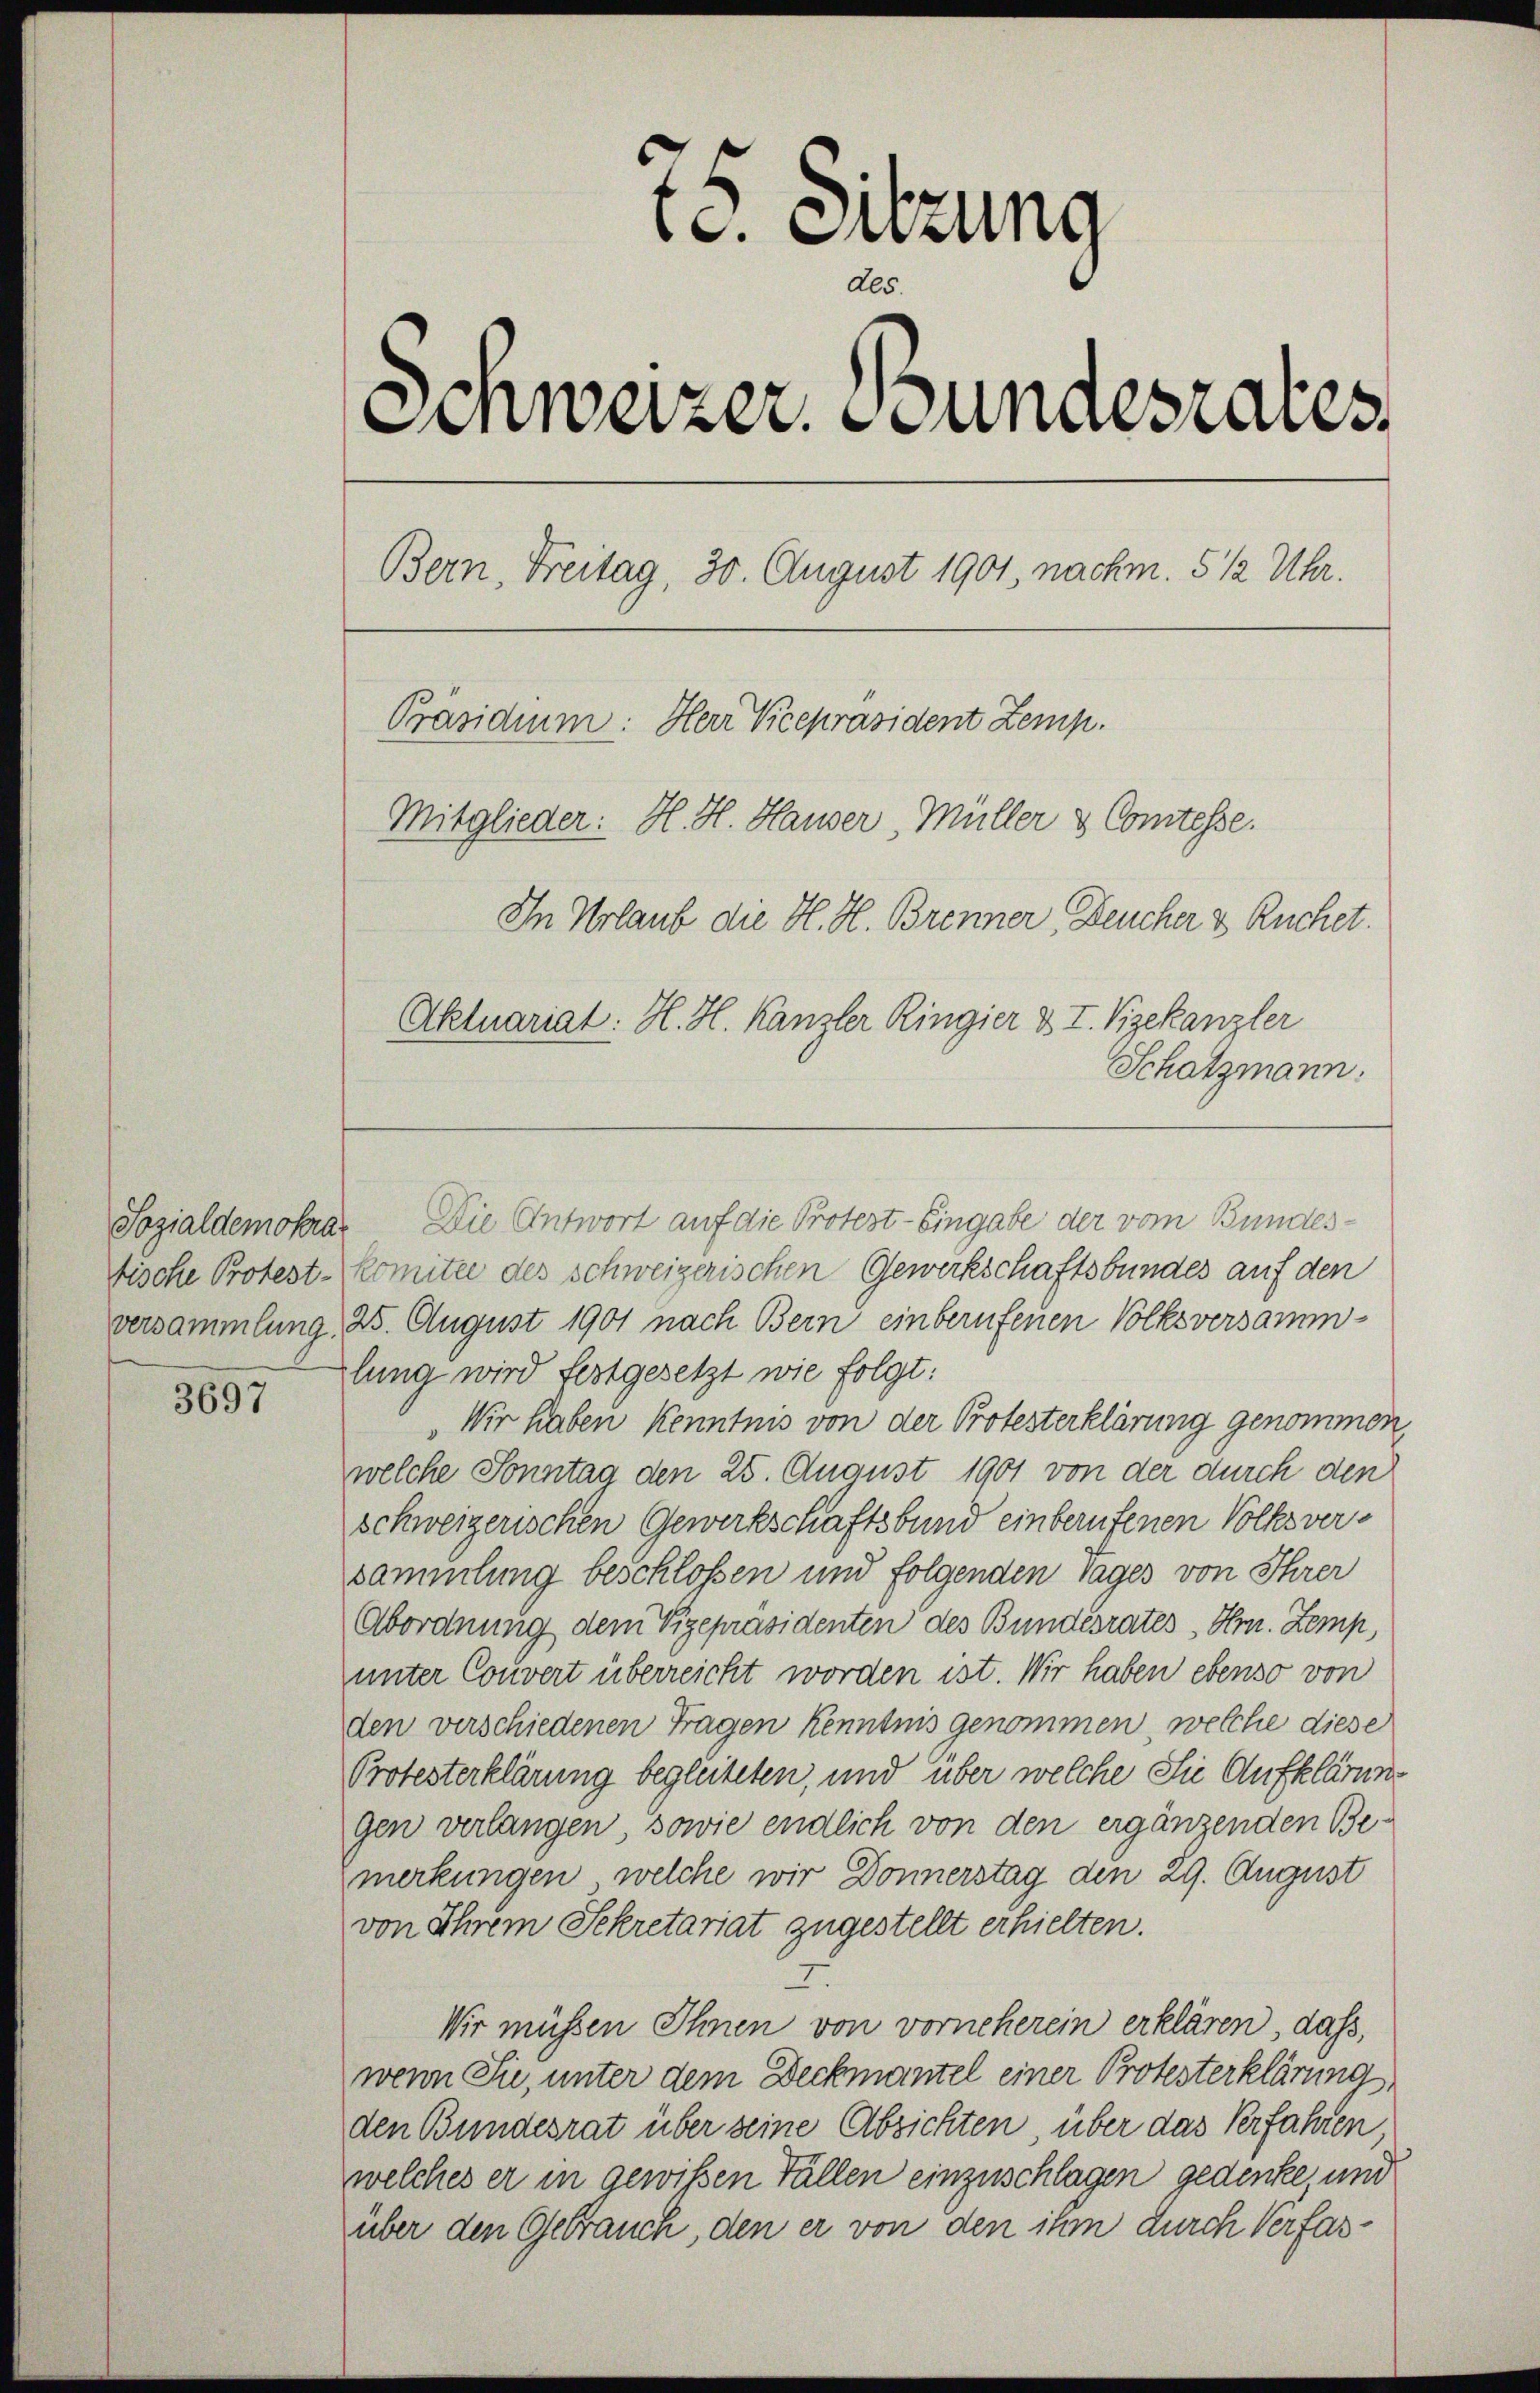
tische Protest-
versammlung.

3697

75. Sitzung
Schweizer. Bundesrates,
Bern, Freitag, 30. August 1901, nachm. 5 ½ Uhr.
Präsidium: Herr Vicepräsident Zemp.
Mitglieder: H. H. Hauser, Müller & Comtesse.
In Urlaub die H. H. Brenner Deucher & Ruchet.
Aktuariat: H. H. Kanzler Ringier & I. Vizekanzler
Schatzmann.

Sozialdemokra- Die Antwort auf die Protest - Eingabe der vom Bundeskomitee des schweizerischen Gewerkschaftsbundes auf den
25. August 1901 nach Bern einberufenen Volksversammlung wird festgesetzt wie folgt:
Wir haben Kenntnis von der Protesterklärung genommen,
welche Sonntag den 25. August 1901 von der durch den
schweizerischen Gewerkschaftsbund einberufenen Volksversammlung beschlossen und folgenden Tages von Ihrer
Abordnung dem Vizepräsidenten des Bundesrates Hrn. Zemp,
unter Couvert überreicht worden ist. Wir haben ebenso von
den verschiedenen Fragen kenntnis genommen, welche diese
Protesterklärung begleiteten, und über welche Sie Aufklärung
gen verlangen, sowie endlich von den ergänzenden Bemerkungen, welche wir Donnerstag den 29. August
von Ihrem Sekretariat zugestellt erhielten.
3.
Wir müssen Ihnen von vorneherein erklären, dass
wenn Sie, unter dem Deckmantel einer Protesterklärung
den Bundesrat über seine Absichten, über das Verfahren,
welches er in gewißen Fällen einzuschlagen gedenke, und
über den Gebrauch, den er von den ihm durch Verfas¬